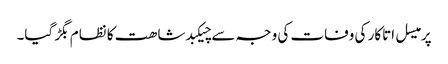
پرمیسل اتاکار کی وفات کی وجہ سے چیکبدشاھت کا نظام بگڑ گیا۔